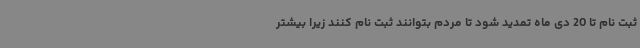
ثبت نام تا 20 دی ماه تمدید شود تا مردم بتوانند ثبت نام کنند زیرا بیشتر